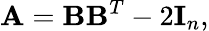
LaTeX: {\mathbf A}={\mathbf B}{\mathbf B}^{T}-2{\mathbf I}_{n},